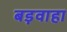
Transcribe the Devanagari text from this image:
बड़वाहा